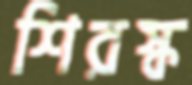
শিরস্ক